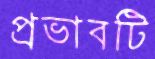
প্রভাবটি